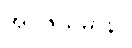
အပူဇိယမာနာ